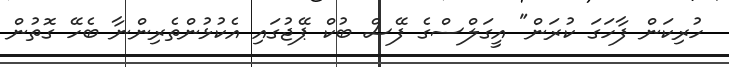
ހުރިކަން ފާހަގަ ކުރަން" އީގަލްސްގެ ފޭސް ބުކް ޕޭޖުގައި އެކުޅުންތެރިންނާ ބެހޭ ގޮތުން